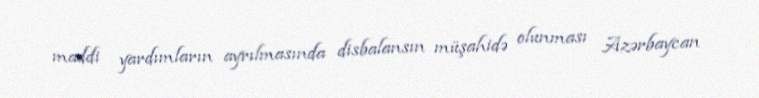
maddi yardımların ayrılmasında disbalansın müşahidə olunması Azərbaycan